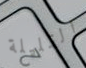
القليلة